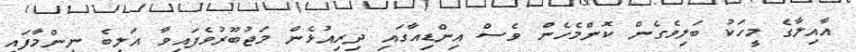
އާއިލާގެ މީހަކު ބަލިވެގެން ކޮންމެހެން ވެސް އިންޑިއާގައި ދިރިއުޅެން މަޖުބޫރުވެފައިވާ އަލިބެ ނިންމާފައި